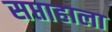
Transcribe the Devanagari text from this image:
सप्ताहाला